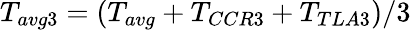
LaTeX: T_{avg3}=(T_{avg}+T_{CCR3}+T_{TLA3})/3